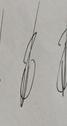
Signature authenticity: genuine